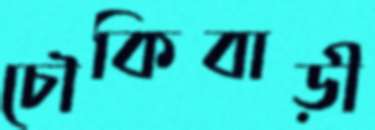
চৌকিবাড়ী